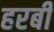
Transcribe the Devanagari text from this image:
हरबी